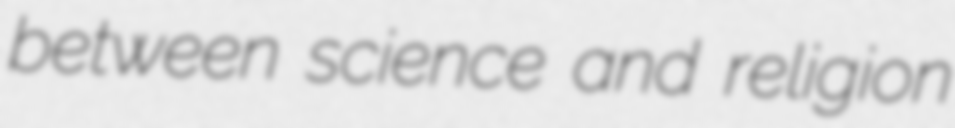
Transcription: between science and religion